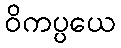
ဝိကပ္ပယေ